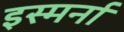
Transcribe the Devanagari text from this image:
इस्मर्ना